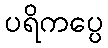
ပရိကပ္ပေ